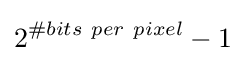
2^{\#bits\ per\ pixel}-1